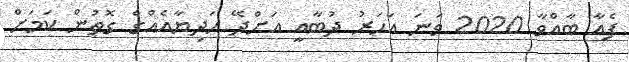
ފެއާ ބާއްވާ 2020 ވަނަ އަހަރު ދުބާއީ އަށްދޭ ހަދިޔާއެއްގެ ގޮތުން ކަމަށް